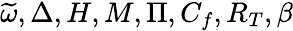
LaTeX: \widetilde{\omega},\Delta,H,M,\Pi,C_{f},R_{T},\beta